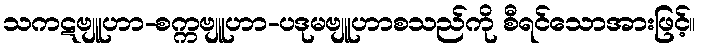
သကဋဗျူဟာ-စက္ကဗျူဟာ-ပဒုမဗျူဟာစသည်ကို စီရင်သောအားဖြင့်။